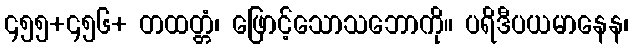
၄၅၅+၄၅၆+ တထတ္တံ၊ ဖြောင့်သောသဘောကို။ ပရိဒီပယမာနေန၊